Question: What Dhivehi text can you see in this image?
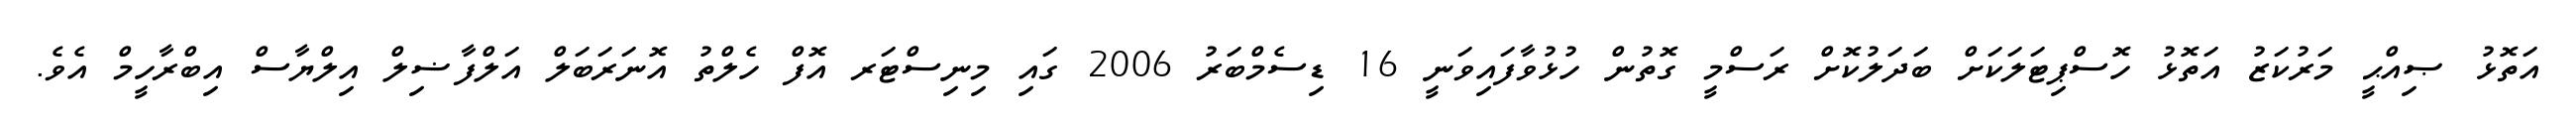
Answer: އަތޮޅު ޞިއްޙީ މަރުކަޒު އަތޮޅު ހޮސްޕިޓަލަކަށް ބަދަލުކޮށް ރަސްމީ ގޮތުން ހުޅުވާފައިވަނީ 16 ޑިސެމްބަރު 2006 ގައި މިނިސްޓަރ އޮފް ހެލްތު އޮނަރަބަލް އަލްފާޟިލް އިލްޔާސް އިބްރާހީމް އެވެ.